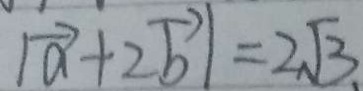
\vert \overrightarrow { a } + 2 \overrightarrow { b } \vert = 2 \sqrt { 3 } .